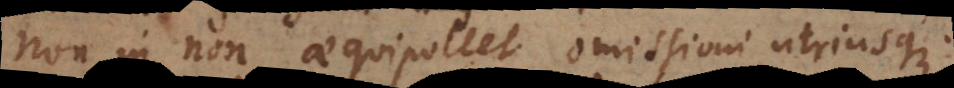
Non in non aequipollet omissioni utriusque.